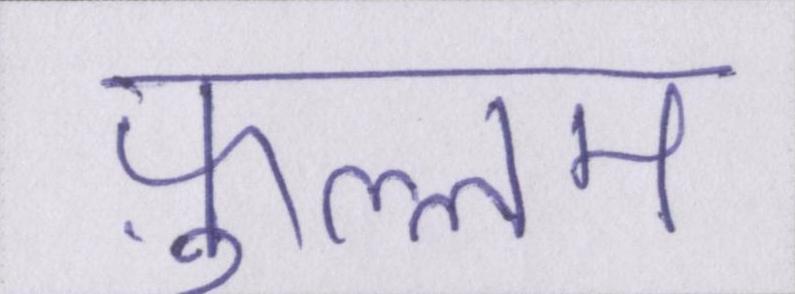
फ़ुल्लम